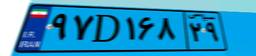
۹۵D۹۱۰۲۲